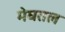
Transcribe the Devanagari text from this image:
मेघतल